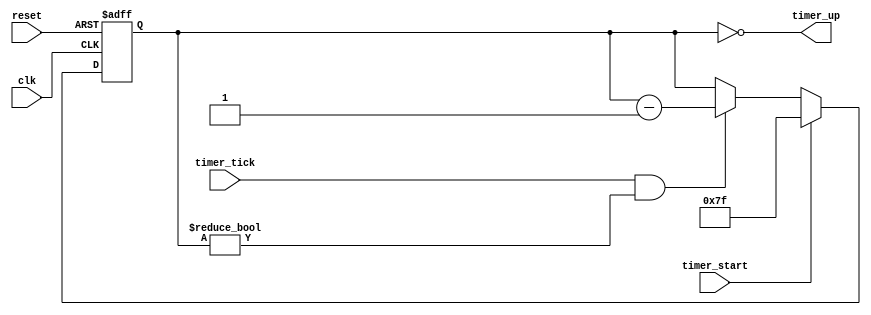
// This program was cloned from: https://github.com/FPGADude/Digital-Design
// License: GNU General Public License v3.0

`timescale 1ns / 1ps
//////////////////////////////////////////////////////////////////////////////////
// Reference book: "FPGA Prototyping by Verilog Examples"
//                      "Xilinx Spartan-3 Version"
// Written by: Dr. Pong P. Chu
// Published by: Wiley, 2008
//
// Adapted for Basys 3 by David J. Marion aka FPGA Dude
//
//////////////////////////////////////////////////////////////////////////////////

module timer(
    input clk,
    input reset,
    input timer_start, timer_tick,
    output timer_up
    );
    
    // signal declaration
    reg [6:0] timer_reg, timer_next;
    
    // register control
    always @(posedge clk or posedge reset)
        if(reset)
            timer_reg <= 7'b1111111;
        else
            timer_reg <= timer_next;
    
    // next state logic
    always @*
        if(timer_start)
            timer_next = 7'b1111111;
        else if((timer_tick) && (timer_reg != 0))
            timer_next = timer_reg - 1;
        else
            timer_next = timer_reg;
            
    // output
    assign timer_up = (timer_reg == 0);
    
endmodule